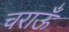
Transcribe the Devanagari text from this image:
चराऊँ